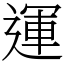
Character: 運